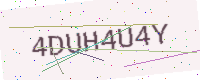
Text: 4DUH4U4Y